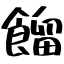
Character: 餾